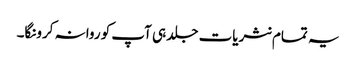
یہ تمام نثریات جلد ہی آپ کو روانہ کرونگا۔